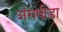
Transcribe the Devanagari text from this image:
अंगपीड़ा